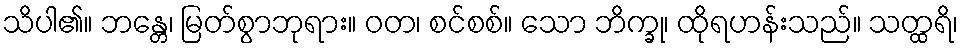
သိပါ၏။ ဘန္တေ၊ မြတ်စွာဘုရား။ ဝတ၊ စင်စစ်။ သော ဘိက္ခု၊ ထိုရဟန်းသည်။ သတ္ထရိ၊